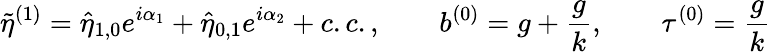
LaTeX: \tilde{\eta}^{(1)}=\hat{\eta}_{1,0}e^{i\alpha_{1}}+\hat{\eta}_{0,1}e^{i\alpha_{2}}+c.c.,\qquad b^{(0)}=g+\frac{g}{k},\qquad\tau^{(0)}=\frac{g}{k}